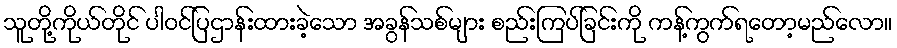
သူတို့ကိုယ်တိုင် ပါဝင်ပြဌာန်းထားခဲ့သော အခွန်သစ်များ စည်းကြပ်ခြင်းကို ကန့်ကွက်ရတော့မည်လော။